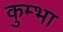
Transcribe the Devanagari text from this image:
कुम्‍भा